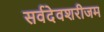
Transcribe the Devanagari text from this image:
सर्वदेवशरीजम